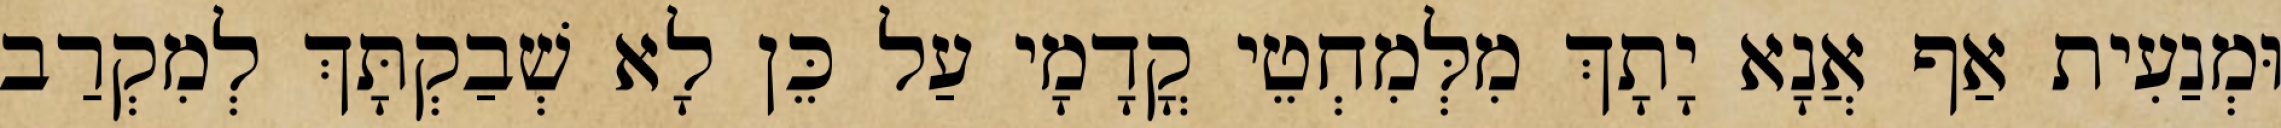
וּמְנַעִית אַף אֲנָא יָתָךְ מִלְּמִחְטֵי קֳדָמָי עַל כֵּן לָא שְׁבַקְתָּךְ לְמִקְרַב